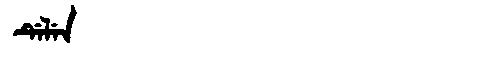
Manchu: ᡩᡝᠯᡝᠨ
Romanization: DELEN